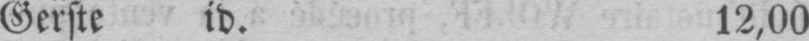
Gerste id. 12,00